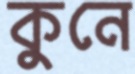
কুনে